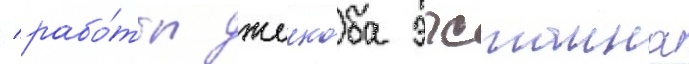
/ рабо́ты джеикоба эпстаина